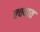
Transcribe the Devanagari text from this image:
ल्क्ष्यात